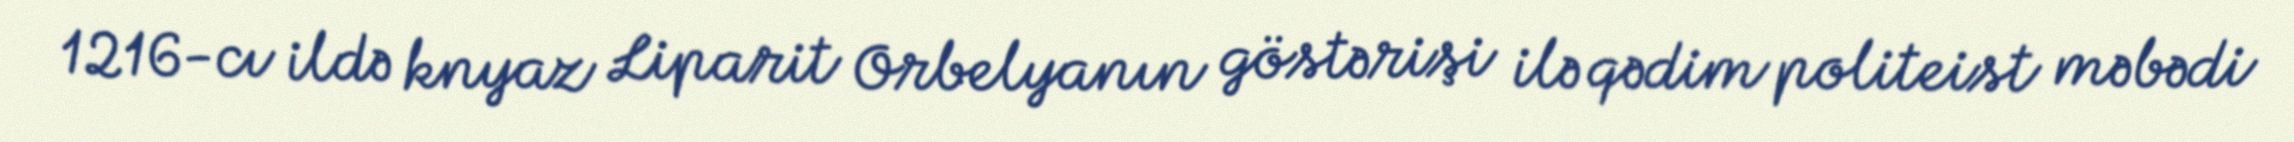
1216-cı ildə knyaz Liparit Orbelyanın göstərişi ilə qədim politeist məbədi